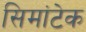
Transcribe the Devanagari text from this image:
सिमांटेक